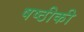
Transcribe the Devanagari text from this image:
षष्ठीकी